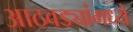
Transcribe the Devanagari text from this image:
आठवड्यांमध्ये